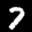
Label: 7